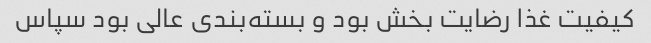
کیفیت غذا رضایت بخش بود و بسته‌بندی عالی بود سپاس